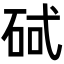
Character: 𮀕